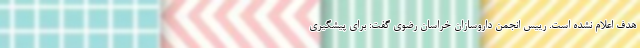
هدف اعلام نشده است. رییس انجمن داروسازان خراسان رضوی گفت: برای پیشگیری